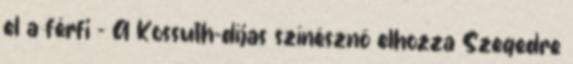
el a férfi - A Kossuth-díjas színésznő elhozza Szegedre